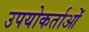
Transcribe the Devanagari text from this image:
उपयोकर्ताओं